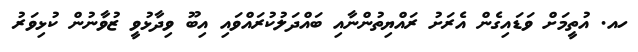
ހއ. އުތީމަށް ވަޑައިގެން އެރަށު ރައްޔިތުންނާއި ބައްދަލުކުރައްވައި އިބޫ ވިދާޅުވީ ޒުވާނުން ކުޅިވަރު